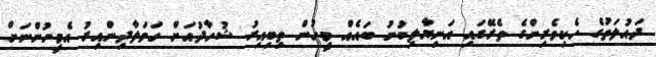
ދައުލަތުގެ ހެކިވެރިންގެ ތެރޭގައި އަނިޔާލިބުނު ބައެއް މީހުން ތިބިއިރު ޝުހާދުއަށް ހަމަލާދިންއިރު އެމީހުންނަށް